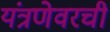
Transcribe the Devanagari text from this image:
यंत्रणेवरची